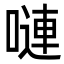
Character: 嗹